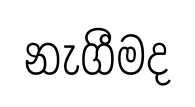
නැගීමද